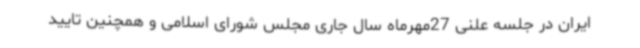
ایران در جلسه علنی 27مهرماه سال جاری مجلس شورای اسلامی و همچنین تایید